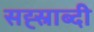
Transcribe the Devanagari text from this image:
सह्स्राब्दी